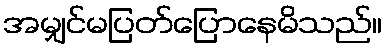
အမျှင်မပြတ်ပြောနေမိသည်။